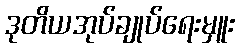
ဒုတိယအုပ်ချုပ်ရေးမှူး